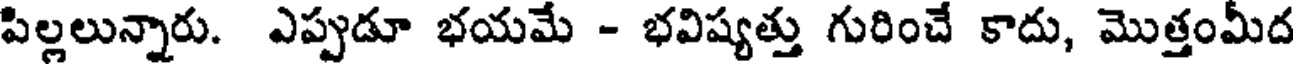
పిల్లలున్నారు. ఎప్పుడూ భయమే - భవిష్యత్తు గురించే కాదు, మొత్తంమీద